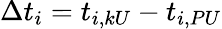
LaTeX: \Delta t_{i}=t_{i,kU}-t_{i,PU}